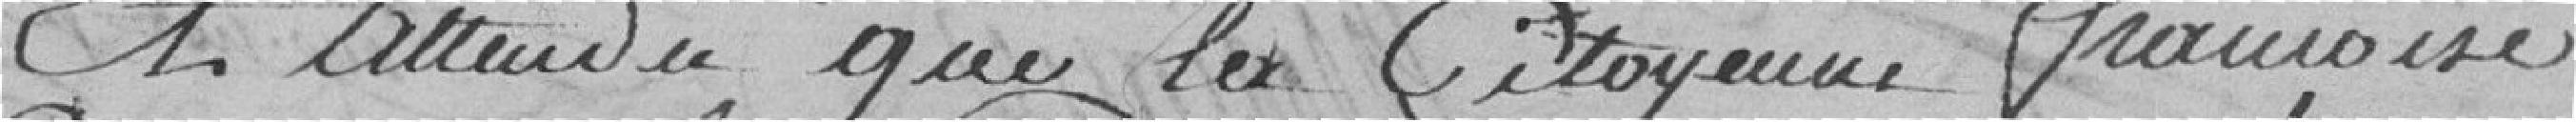
Et attendu que la citoyenne française